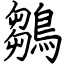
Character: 鶵